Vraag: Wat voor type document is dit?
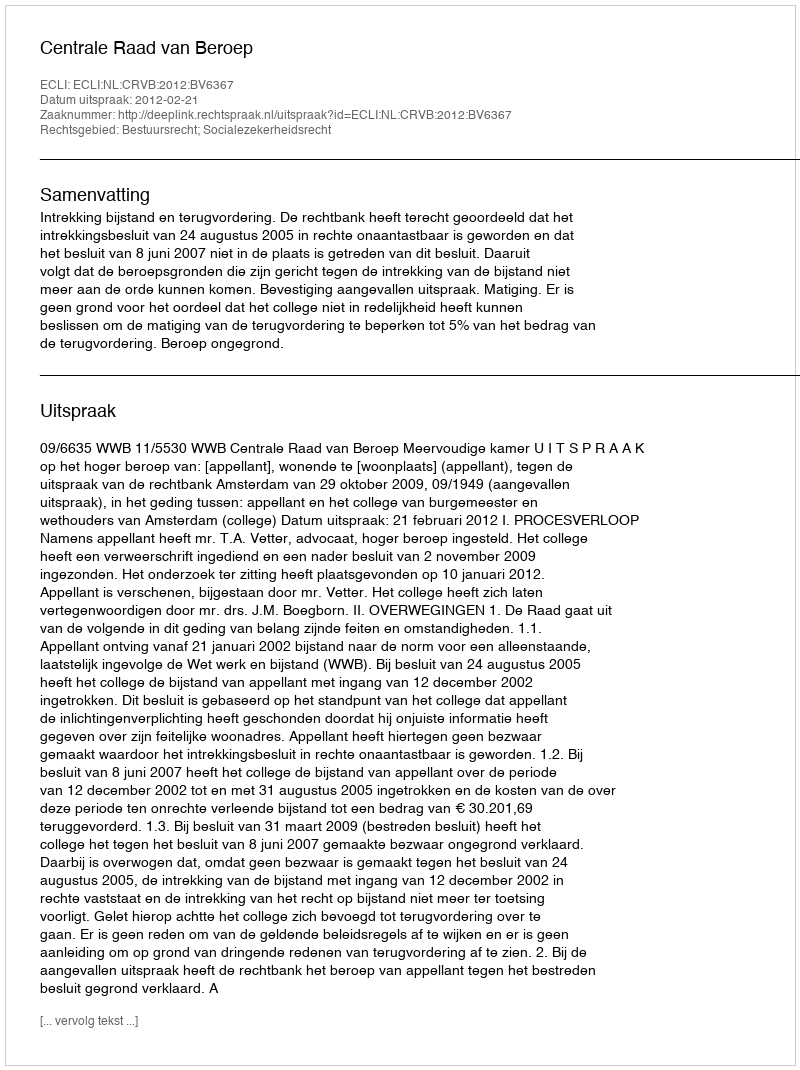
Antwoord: Uitspraak